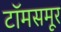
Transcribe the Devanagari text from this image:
टॉमसमूर